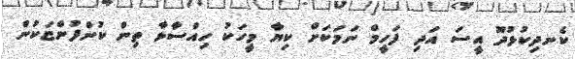
ކެނދިކުޅުދޫ އީސަ އަދި ފަހީމް ނަމަކަށް ކިޔާ މީހަކު ހިއްސާވާ ތިން ކުންފުންޏަކުން